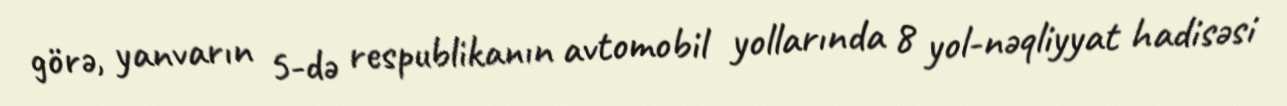
görə, yanvarın 5-də respublikanın avtomobil yollarında 8 yol-nəqliyyat hadisəsi